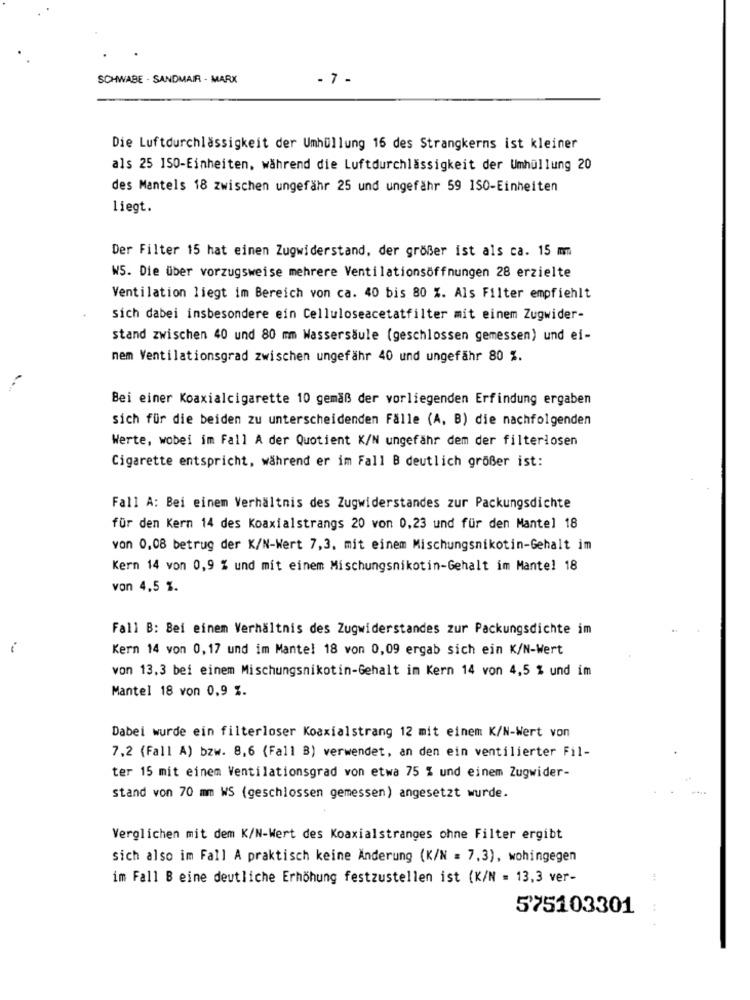
SCHWABE - SANDMAIR - MARX
- 7 -
Die Luftdurchlässigkeit der Umhüllung 16 des Strangkerns ist kleiner
als 25 ISO-Einheiten, während die Luftdurchlässigkeit der Umhüllung 20
des Mantels 18 zwischen ungefähr 25 und ungefähr 59 150-Einheiten
liegt.
Der Filter 15 hat einen Zugwiderstand, der größer ist als ca. 15 mm
WS. Die über vorzugsweise mehrere Ventilationsöffnungen 28 erzielte
Ventilation liegt im Bereich von ca. 40 bis 80 %. Als Filter empfiehlt
sich dabei insbesondere ein Celluloseacetatfilter mit einem Zugwider-
stand zwischen 40 und 80 mm Wassersäule (geschlossen gemessen) und ei-
nem Ventilationsgrad zwischen ungefähr 40 und ungefähr 80 %.
Bei einer Koaxialcigarette 10 gemäß der vorliegenden Erfindung ergaben
sich für die beiden zu unterscheidenden Fälle (A, B) die nachfolgenden
Werte, wobei im Fall A der Quotient K/N ungefähr dem der filterlosen
Cigarette entspricht, während er im Fall B deutlich größer ist:
Fall A: Bei einem Verhältnis des Zugwiderstandes zur Packungsdichte
für den Kern 14 des Koaxialstrangs 20 von 0,23 und für den Mantel 18
von 0,08 betrug der K/N-Wert 7,3, mit einem Mischungsnikotin-Gehalt im
Kern 14 von 0,9 % und mit einem Mischungsnikotin-Gehalt im Mantel 18
von 4,5 %.
Fall B: Bei einem Verhältnis des Zugwiderstandes zur Packungsdichte im
-
Kern 14 von 0,17 und im Mante! 18 von 0,09 ergab sich ein K/N-Wert
von 13,3 bei einem Mischungsnikotin-Gehalt im Kern 14 von 4,5 % und im
Mantel 18 von 0,9 %.
Dabei wurde ein filterloser Koaxialstrang 12 mit einem K/N-Wert von
7,2 (Fall A) bzw. 8,6 (Fall B) verwendet, an den ein ventilierter Fil-
ter 15 mit einem Ventilationsgrad von etwa 75 % und einem Zugwider-
stand von 70 mm WS (geschlossen gemessen) angesetzt wurde.
Verglichen mit dem K/N-Wert des Koaxialstranges ohne Filter ergibt
sich also im Fall A praktisch keine Änderung (K/N = 7,3), wohingegen
im Fall B eine deutliche Erhöhung festzustellen ist (K/N = 13,3 ver-
575103301
..